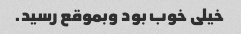
خیلی خوب بود وبموقع رسید.